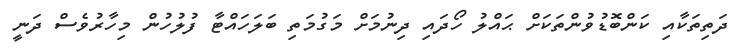
ދަތިތަކާއި ކަންބޮޑުވުންތަކަށް ޙައްލު ހޯދައި ދިނުމަށް މަގުމަތި ބަލަހައްޓާ ފުލުހުން މިހާރުވެސް ދަނީ